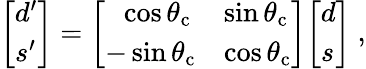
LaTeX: {\left[\begin{array}{l}{d^{\prime}}\\ {s^{\prime}}\end{array}\right]}={\left[\begin{array}{ll}{~~\cos{\theta_{\mathrm{c}}}}&{\sin{\theta_{\mathrm{c}}}}\\ {-\sin{\theta_{\mathrm{c}}}}&{\cos{\theta_{\mathrm{c}}}}\end{array}\right]}{\left[\begin{array}{l}{d}\\ {s}\end{array}\right]}~,